Tezpur Lunatic Asylum reports 1877-1894 - 1877-1894
Year: 1877
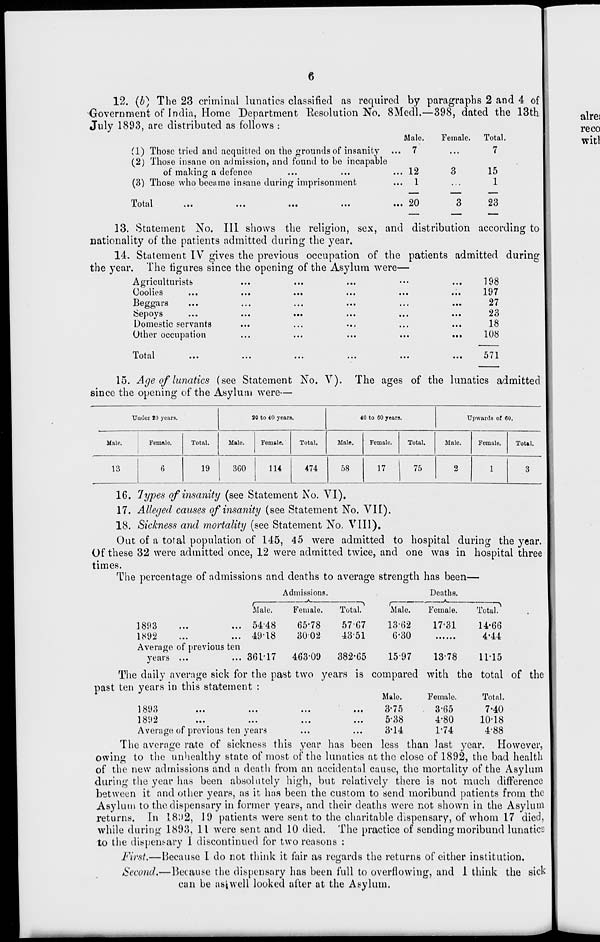
6
12. (b) The 23 criminal lunatics classified as required by paragraphs 2 and 4 of
Government of India, Home Department Eesolution No. 8Medl.—398, dated the 13th
July 1893, are distributed as follows :
Male.
Female. Total.
7
...
7
(1) Those tried and acquitted on the grounds of insanity
(2) Those insane on admission, and found to be incapable
of making a defence
...
...
... 12
(3) Those who became insane during imprisonment
... 1
lotal
<. %*
...
•••
...
••• "\J
15
1
23
13. Statement No. Ill shows the religion, sex, and distribution according to
nationality of the patients admitted during the year.
14. Statement IV gives the previous occupation of the patients admitted during
the year. The figures since the opening of the Asylum were—
Agriculturists
Coolies
Beggars
Sepoys
Domestic servants
Other occupation
Total
• ••
...
198
...
197
...
27
...
23
...
18
• >•
108
...
571
15. Age of lunatics (see Statement No. V). The ages of the lunatics admitted
since the opening of the Asylum were—
Under 10 years.
20 to 40 years.
40 to 60 years.
Upwards of 60.
Male.
Female.
Total.
Male.
Female.
Total.
Male.
Female.
Total.
Male.
Female.
Total.
13
6
19
360
114
474
58
17 j 75
2
1
3
16. lypes of insanity (see Statement No. VI).
17. Alleged causes of insanity (see Statement No. VII).
18. Sickness and mortality (see Statement No. VIII).
Out of a total population of 145, 45 were admitted to hospital during the year.
Of these 32 were admitted once, 12 were admitted twice, and one was in hospital three
times.
The percentage of admissions and deaths to average strength has been—
Admissions.
Deaths.
Male.
1893
...
... 54-48
1892
...
... 49-18
Average of previous ten
years ...
... 361*17
Female.
65-78
3002
463-09
Total.
5767
43-51
382-65
Male.
13-62
6-30
15-97
Female.
17-31
13-78
Total.'
14-66
4-44
11-15
Male.
Female.
Total.
3-75
. 3-65
7-40
5-38
4-80
10-18
3-14
1-74
4-88
The daily average sick for the past two years is compared with the total of the
past ten years in this statement :
\ \JV*)
...
*••
...
...
1 O t' —
...
...
...
...
Average of previous ten years
The average rate of sickness this year has been less than last year. However,
owing to the unhealthy state of most of the lunatics at the close of 1892, the bad health
of the new admissions and a death from an accidental cause, the mortality of the Asylum
during the year has been absolutely high, but relatively there is not much difference
between it and other years, as it has been the custom to send moribund patients from the
Asylum to the dispensary in former years, and their deaths were not shown in the Asylum
returns. In 18D2, 10 patients were sent to the charitable dispensary, of whom 17 died,
while during 1893, 11 were sent and 10 died. The practice of sending moribund lunatics
to the dispensary I discontinued for two reasons :
First.—Because I do not think it fair as regards the returns of either institution.
Second.—Because the dispensary has been full to overflowing, and 1 think the sick
can be astwell looked after at the Asylum.